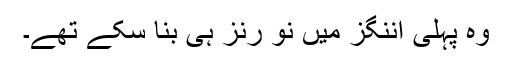
وہ پہلی اننگز میں نو رنز ہی بنا سکے تھے۔